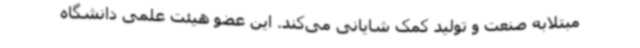
مبتلابه صنعت و تولید کمک شایانی می‌کند. این عضو هیئت علمی دانشگاه